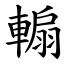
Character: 䡪